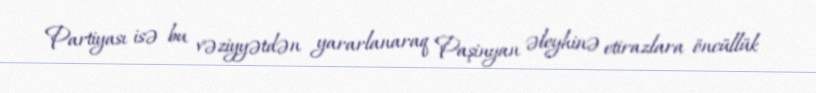
Partiyası isə bu vəziyyətdən yararlanaraq Paşinyan əleyhinə etirazlara öncüllük